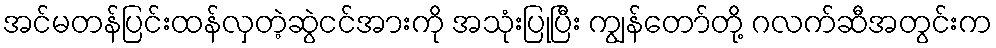
အင်မတန်ပြင်းထန်လှတဲ့ဆွဲငင်အားကို အသုံးပြုပြီး ကျွန်တော်တို့ ဂလက်ဆီအတွင်းက